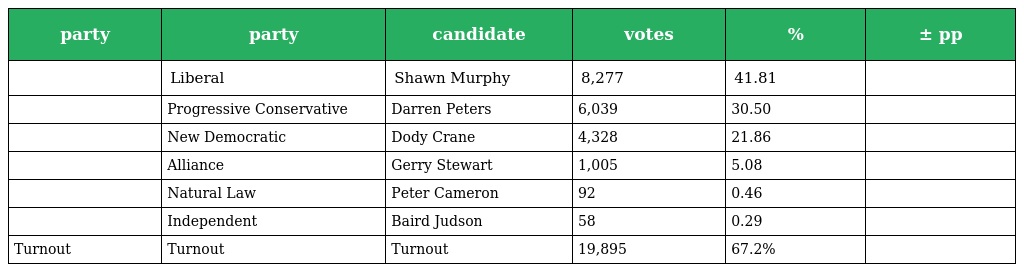
| party | party | candidate | votes | % | ± pp |
 | --- | --- | --- | --- | --- | --- |
 |  | Liberal | Shawn Murphy | 8,277 | 41.81 |  |
 |  | Progressive Conservative | Darren Peters | 6,039 | 30.50 |  |
 |  | New Democratic | Dody Crane | 4,328 | 21.86 |  |
 |  | Alliance | Gerry Stewart | 1,005 | 5.08 |  |
 |  | Natural Law | Peter Cameron | 92 | 0.46 |  |
 |  | Independent | Baird Judson | 58 | 0.29 |  |
 | Turnout | Turnout | Turnout | 19,895 | 67.2% |  |